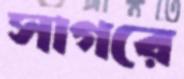
সাগরে